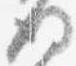
後